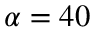
\alpha = 4 0